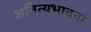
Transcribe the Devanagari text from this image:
अनित्यभावना